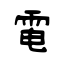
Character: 電